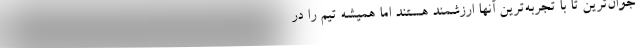
جوان‌ترین تا با تجربه‌ترین آنها ارزشمند هستند اما همیشه تیم را در